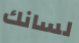
لسانك